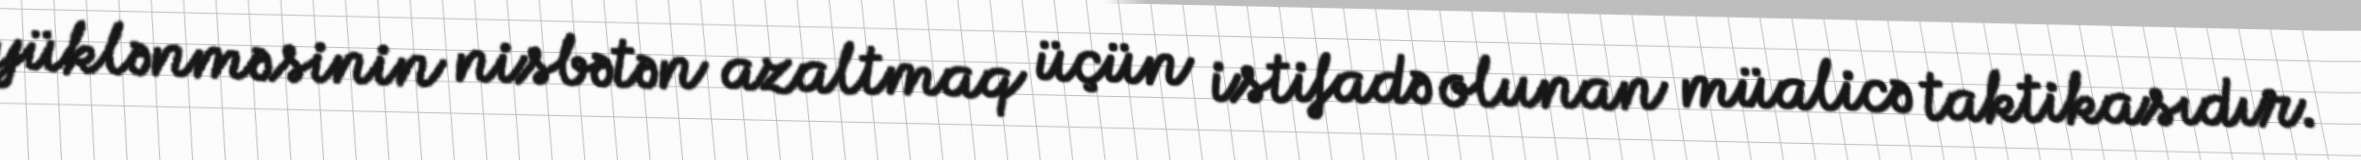
yüklənməsinin nisbətən azaltmaq üçün istifadə olunan müalicə taktikasıdır.